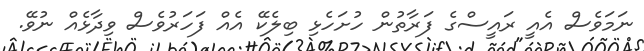
ނަމަވެސް އެއީ ރައީސްގެ ފަރާތުން ހުށަހެޅި ބިލެކޭ އެއް ފަހަރުވެސް ވިދާޅެއް ނުވޭ.